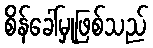
စိန်ခေါ်မှုဖြစ်သည်